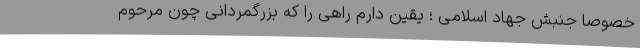
خصوصا جنبش جهاد اسلامی ؛ یقین دارم راهی را که بزرگمردانی چون مرحوم